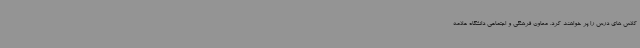
کلاس های درس را پر خواهند کرد. معاون فرهنگی و اجتماعی دانشگاه علامه